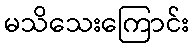
မသိသေးကြောင်း